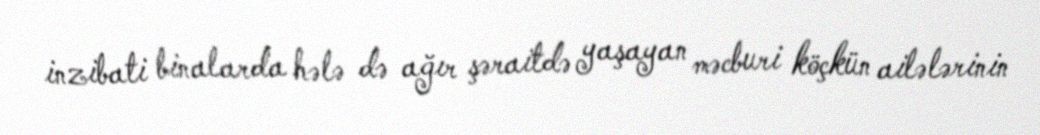
inzibati binalarda hələ də ağır şəraitdə yaşayan məcburi köçkün ailələrinin